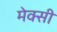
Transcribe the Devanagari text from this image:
मेक्सी